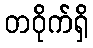
တဝိုက်ရှိ